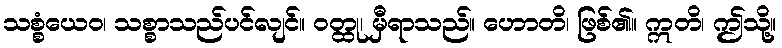
သစ္စံယေဝ၊ သစ္စာသည်ပင်လျင်။ ဝတ္ထု၊ မှီရာသည်။ ဟောတိ၊ ဖြစ်၏။ ဣတိ၊ ဤသို့။